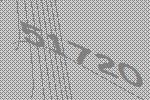
51720